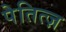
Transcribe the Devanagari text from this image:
पेतित्ज़